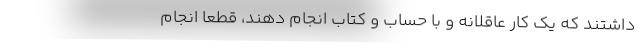
داشتند که یک کار عاقلانه و با حساب و کتاب انجام دهند، قطعاً انجام